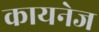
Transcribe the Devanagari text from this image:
कायनेज